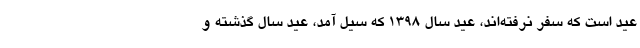
عید است که سفر نرفته‌اند، عید سال ۱۳۹۸ که سیل آمد، عید سال گذشته و